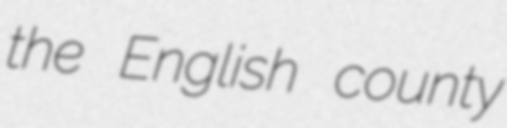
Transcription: the English county